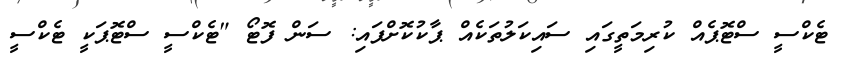
ޓެކްސީ ސްޓޮޕެއް ކުރިމަތީގައި ސައިކަލުތަކެއް ޕާކުކޮށްފައި: ސަން ފޮޓޯ "ޓެކްސީ ސްޓޮޕަކީ ޓެކްސީ